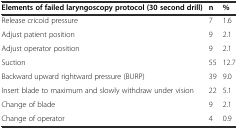
<table><thead><tr><td><b>Elements of failed laryngoscopy protocol (30 second drill)</b></td><td><b>n</b></td><td><b>%</b></td></tr></thead><tbody><tr><td>Release cricoid pressure</td><td>7</td><td>1.6</td></tr><tr><td>Adjust patient position</td><td>9</td><td>2.1</td></tr><tr><td>Adjust operator position</td><td>9</td><td>2.1</td></tr><tr><td>Suction</td><td>55</td><td>12.7</td></tr><tr><td>Backward upward rightward pressure (BURP)</td><td>39</td><td>9.0</td></tr><tr><td>Insert blade to maximum and slowly withdraw under vision</td><td>22</td><td>5.1</td></tr><tr><td>Change of blade</td><td>9</td><td>2.1</td></tr><tr><td>Change of operator</td><td>4</td><td>0.9</td></tr></tbody></table>